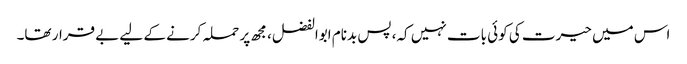
اس میں حیرت کی کوئی بات نہیں کہ، پس بدنام ابوالفضل، مجھ پر حملہ کرنے کے لیے بے قرار تھا۔